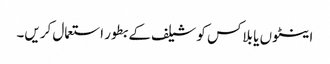
اینٹوں یا بلاکس کو شیلف کے بطور استعمال کریں۔